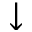
\downarrow